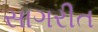
સાગરીત